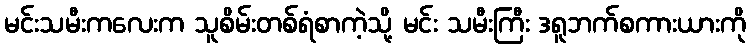
မင်းသမီးကလေးက သူစိမ်းတစ်ရံစာကဲ့သို့ မင်း သမီးကြီး ဒရူဘက်စကားယားကို